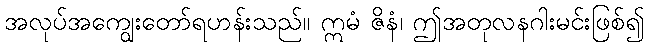
အလုပ်အကျွေးတော်ရဟန်းသည်။ ဣမံ ဇိနံ၊ ဤအတုလနဂါးမင်းဖြစ်၍